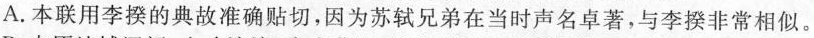
A.本联用李揆的典故准确贴切，因为苏轼兄弟在当时声名卓著，与李揆非常相似。